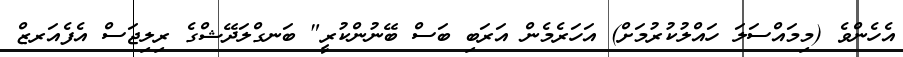
އެހެންވެ (މިމައްސަލަ ހައްލުކުރުމަށް) އަހަރެމެން އަރަބި ބަސް ބޭނުންކުރީ" ބަނގްލަދޭޝްގެ ރިލިޖަސް އެފެއަރޒް